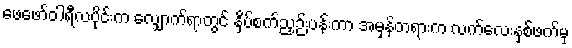
ဖေဖော်ဝါရီလပိုင်းက လျှောက်ရာတွင် နှိပ်စက်ညှဉ်းပန်းကာ အမှန်တရားက လက်လေးနှစ်ဖက်မှ